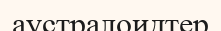
аустралоидтер